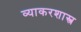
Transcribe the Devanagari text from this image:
व्याकरशास्त्र